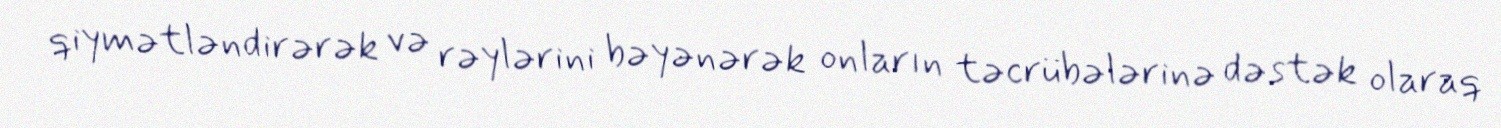
qiymətləndirərək və rəylərini bəyənərək onların təcrübələrinə dəstək olaraq